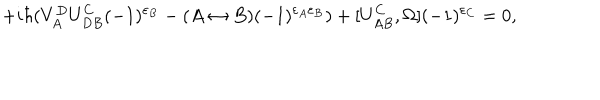
+ i \hbar ( V _ { A } ^ { D } U _ { D B } ^ { C } ( - 1 ) ^ { \varepsilon _ { B } } - ( A \leftrightarrow B ) ( - 1 ) ^ { \varepsilon _ { A } \varepsilon _ { B } } ) + [ U _ { A B } ^ { C } , \Omega ] ( - 1 ) ^ { \varepsilon _ { C } } = 0 ,